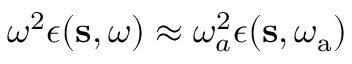
\omega ^ { 2 } \epsilon ( \mathbf { s } , \omega ) \approx \omega _ { a } ^ { 2 } \epsilon ( \mathbf { s } , \omega _ { \mathrm { a } } )